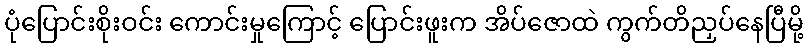
ပုံပြောင်းစိုးဝင်း ကောင်းမှုကြောင့် ပြောင်းဖူးက အိပ်ဇောထဲ ကွက်တိညှပ်နေပြီမို့